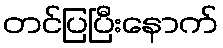
တင်ပြပြီးနောက်